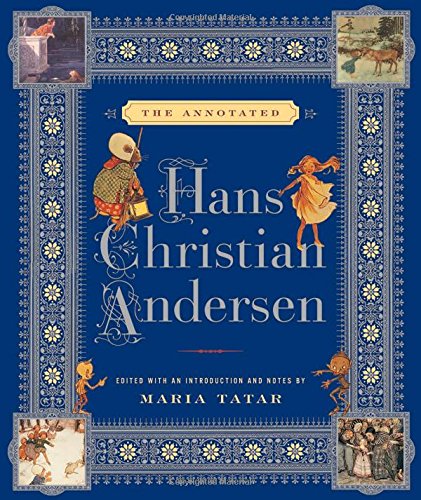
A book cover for The Annotated Hans Christian Andersen (The Annotated Books); Hans Christian Andersen; Teen & Young Adult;